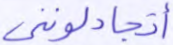
أتجادلونني